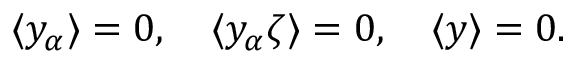
\langle y _ { \alpha } \rangle = 0 , \quad \langle y _ { \alpha } \zeta \rangle = 0 , \quad \langle y \rangle = 0 .